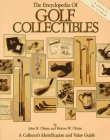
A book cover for The Encyclopedia of Golf Collectibles: A Collector's Identification and Value Guide; John M. Olman; Crafts, Hobbies & Home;